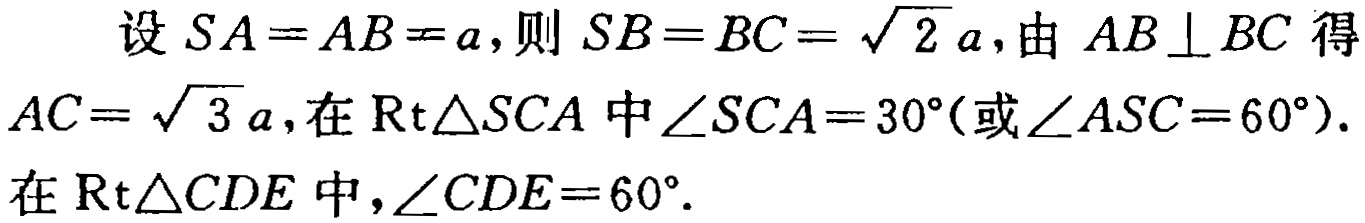
设 \(SA = AB = a\)，则 \(SB = BC = \sqrt{2}a\)，由 \(AB \perp BC\) 得 \(AC = \sqrt{3}a\)，在 \(\text{Rt}\triangle SCA\) 中 \(\angle SCA = 30^{\circ}\)（或 \(\angle ASC = 60^{\circ}\)）. 在 \(\text{Rt}\triangle CDE\) 中，\(\angle CDE = 60^{\circ}\).